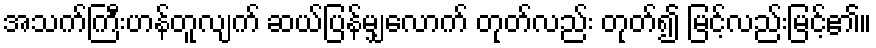
အသက်ကြီးဟန်တူလျက် ဆယ်ပြန်မျှလောက် တုတ်လည်း တုတ်၍ မြင့်လည်းမြင့်၏။